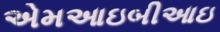
એમઆઇબીઆઇ